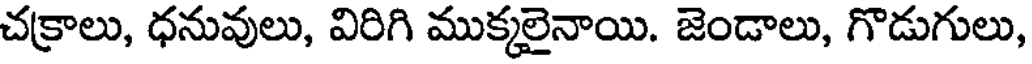
చక్రాలు, ధనువులు, విరిగి ముక్కలైనాయి. జెండాలు, గొడుగులు,